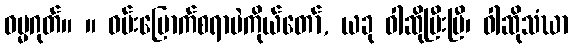
ဓမ္မဂုတ်။ ။ ဝမ်းမြောက်စရာပဲကိုယ်တော်, ယခု ဝါဆိုပြီးပြီ၊ ဝါဆိုသံဃာ